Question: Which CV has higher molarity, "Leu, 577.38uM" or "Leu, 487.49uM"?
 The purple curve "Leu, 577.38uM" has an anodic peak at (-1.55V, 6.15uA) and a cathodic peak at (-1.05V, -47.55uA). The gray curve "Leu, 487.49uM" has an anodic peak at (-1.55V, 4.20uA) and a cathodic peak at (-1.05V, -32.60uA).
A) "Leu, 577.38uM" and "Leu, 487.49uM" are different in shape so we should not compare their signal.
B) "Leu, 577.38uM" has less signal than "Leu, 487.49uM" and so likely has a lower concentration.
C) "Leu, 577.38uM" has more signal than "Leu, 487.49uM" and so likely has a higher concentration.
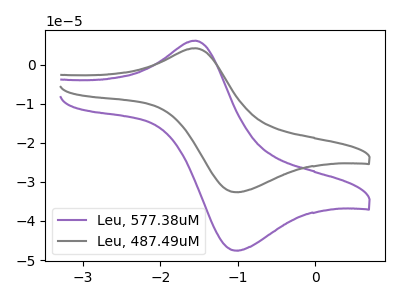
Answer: <think>All the peaks in "Leu, 577.38uM" have a peak in "Leu, 487.49uM" at the same potential. Every peak in "Leu, 577.38uM" is higher than every peak in "Leu, 487.49uM".
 </think>
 <answer>C) "Leu, 577.38uM" has more signal than "Leu, 487.49uM" and so likely has a higher concentration.</answer>
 <eval>C</eval>